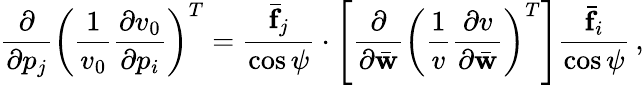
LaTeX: \frac{\partial}{\partial p_{j}}\left(\frac{1}{v_{0}}\frac{\partial v_{0}}{\partial p_{i}}\right)^{T}=\frac{\bar{\mathbf f}_{j}}{\cos\psi}\cdot\left[\frac{\partial}{\partial\bar{\mathbf w}}\left(\frac{1}{v}\frac{\partial v}{\partial\bar{\mathbf w}}\right)^{T}\right]\frac{\bar{\mathbf f}_{i}}{\cos\psi}\, ,